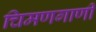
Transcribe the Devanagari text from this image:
चिमणगाणी